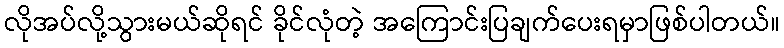
လိုအပ်လို့သွားမယ်ဆိုရင် ခိုင်လုံတဲ့ အကြောင်းပြချက်ပေးရမှာဖြစ်ပါတယ်။